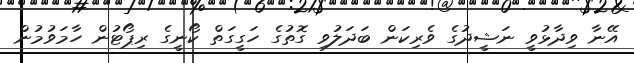
އޭނާ ވިދާޅުވީ ނަޝީދުގެ ވެރިކަން ބަދަލުވި ގޮތުގެ ހަގީގަތް ކޯނީގެ ރިޕޯޓުން ހާމަވުމުން